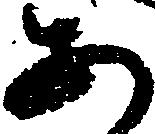
あ